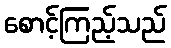
စောင့်ကြည့်သည်